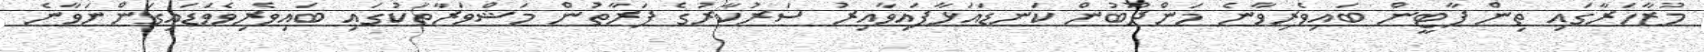
މުޒާހަރާގައި ތިން ޕާޓީން ބައިވެރިވާނެ މަންދޫބުން ކަނޑައަޅާފައިވާއިރު ސަރުކާރުގެ ފަރާތުން މަޝްވަރާތަކުގައި ބައިވެރިވެވަޑައިގަންނަވާނެ